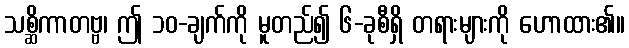
သစ္ဆိကာတဗ္ဗ၊ ဤ ၁၀-ချက်ကို မူတည်၍ ၆-ခုစီရှိ တရားများကို ဟောထား၏။